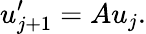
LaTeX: u_{j+1}^{\prime}=Au_{j}.